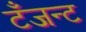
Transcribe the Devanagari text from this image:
टँजन्ट